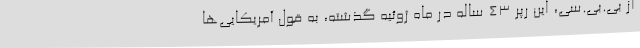
از بی.بی.سی، این رپر 43 ساله در ماه ژوئیه گذشته، به قول آمریکایی‌ها